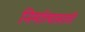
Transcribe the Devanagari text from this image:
निर्मात्यासाठी